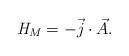
LaTeX: \begin{align*}{\it H}_M = - \vec{j}\cdot \vec{A}. \end{align*}